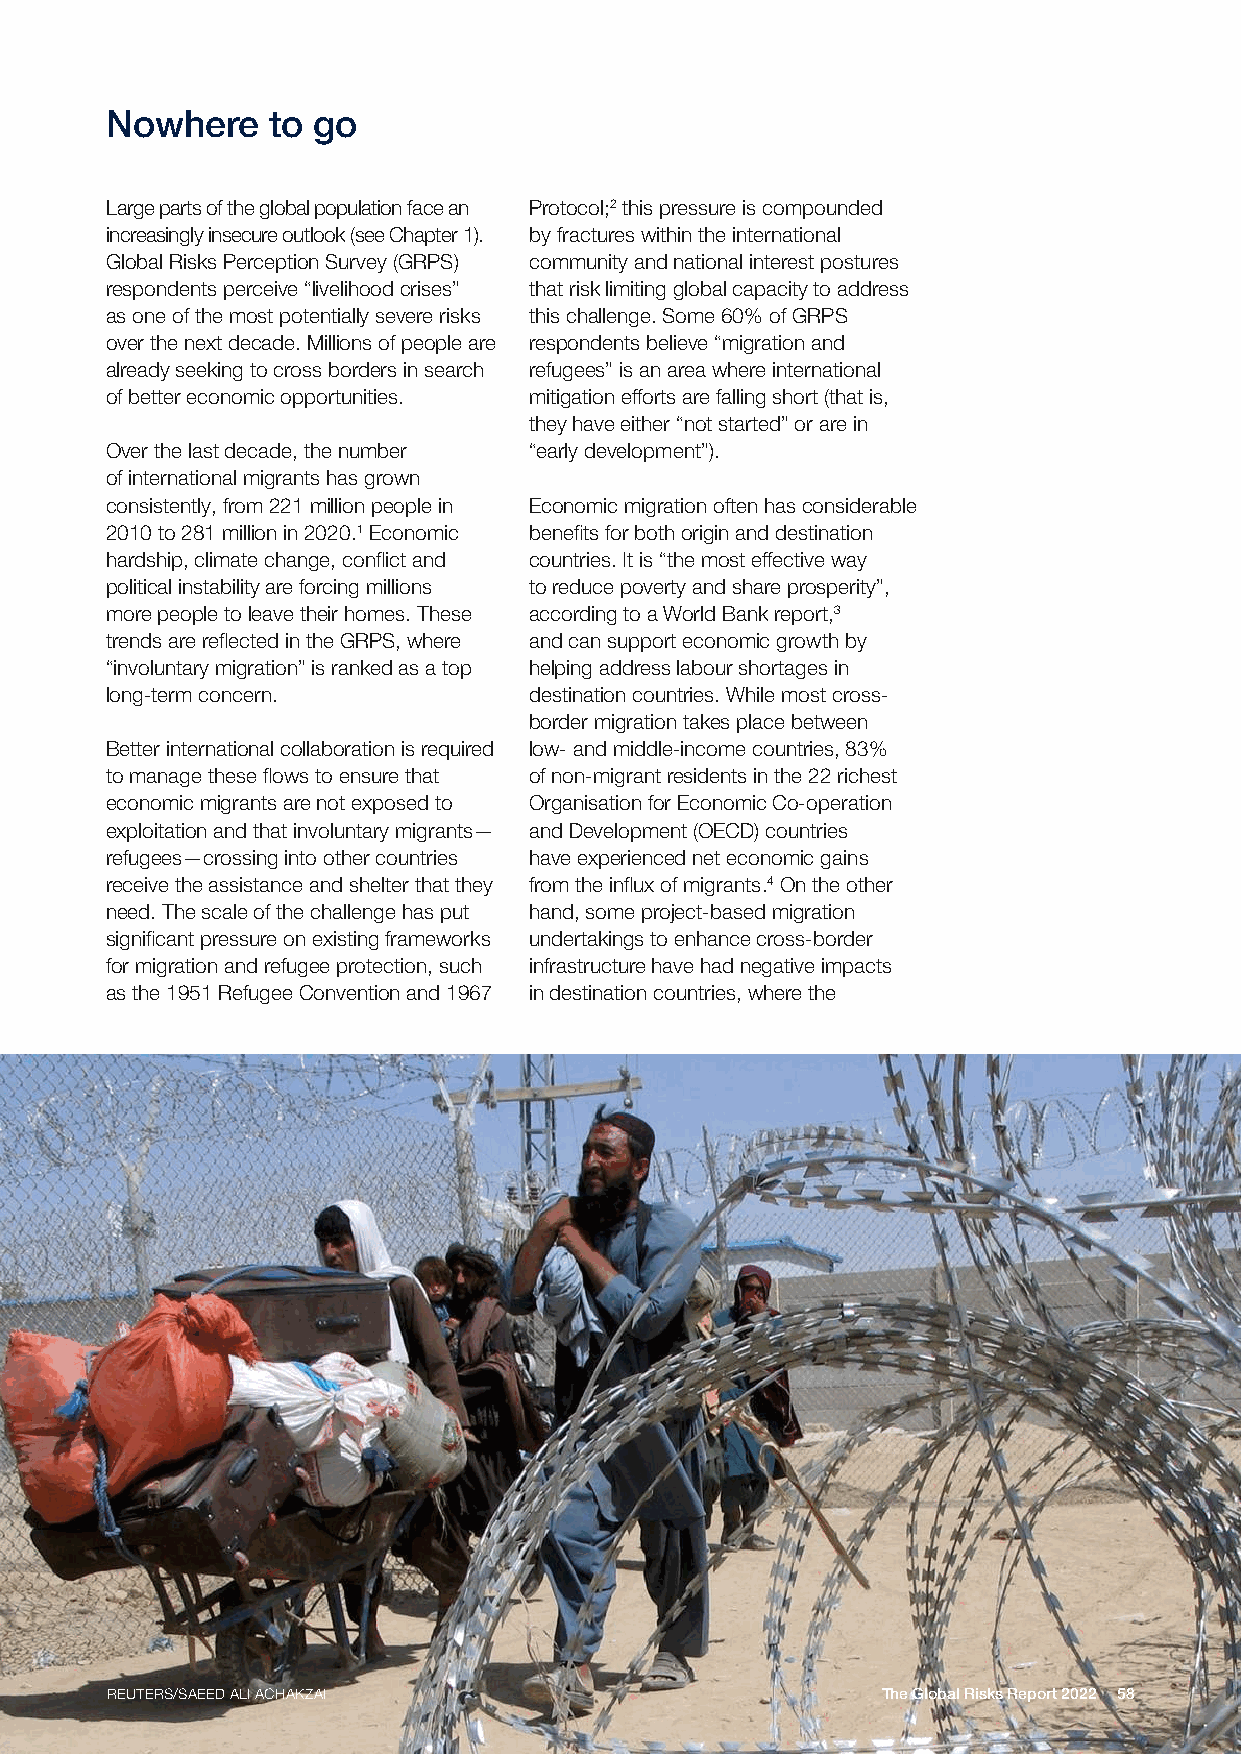
Nowhere    to go
 Large parts of the global population face an Protocol;2 this pressure is compounded
 increasingly insecure outlook (see Chapter 1). by fractures within the international
 Global Risks Perception Survey (GRPS) community and national interest postures
 respondents perceive “livelihood crises” that risk limiting global capacity to address
 as one of the most potentially severe risks this challenge. Some 60% of GRPS
 over the next decade. Millions of people are respondents believe “migration and
 already seeking to cross borders in search refugees” is an area where international
 of better economic opportunities. mitigation efforts are falling short (that is,
 they have either “not started” or are in
 Over the last decade, the number “early development”).
 of international migrants has grown
 consistently, from 221 million people in Economic migration often has considerable
 2010 to 281 million in 2020.1 Economic benefits for both origin and destination
 hardship, climate change, conflict and countries. It is “the most effective way
 political instability are forcing millions to reduce poverty and share prosperity”,
 more people to leave their homes. These according to a World Bank report,3
 trends are reflected in the GRPS, where and can support economic growth by
 “involuntary migration” is ranked as a top helping address labour shortages in
 long-term concern.          destination countries. While most cross-
 border migration takes place between
 Better international collaboration is required low- and middle-income countries, 83%
 to manage these flows to ensure that of non-migrant residents in the 22 richest
 economic migrants are not exposed to Organisation for Economic Co-operation
 exploitation and that involuntary migrants— and Development (OECD) countries
 refugees—crossing into other countries have experienced net economic gains
 receive the assistance and shelter that they from the influx of migrants.4 On the other
 need. The scale of the challenge has put hand, some project-based migration
 significant pressure on existing frameworks undertakings to enhance cross-border
 for migration and refugee protection, such infrastructure have had negative impacts
 as the 1951 Refugee Convention and 1967 in destination countries, where the
 REUTERS/SAEED ALI ACHAKZAI                         The Global Risks Report 2022 58